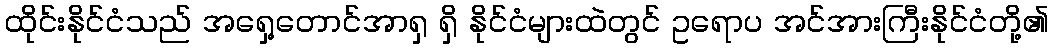
ထိုင်းနိုင်ငံသည် အရှေ့တောင်အာရှ ရှိ နိုင်ငံများထဲတွင် ဥရောပ အင်အားကြီးနိုင်ငံတို့၏